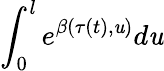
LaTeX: \int_{0}^{l}e^{\beta(\tau(t),\mathit{u})}d\mathit{u}